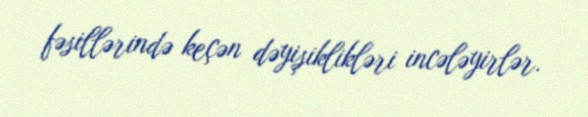
fəsillərində keçən dəyişiklikləri incələyirlər.